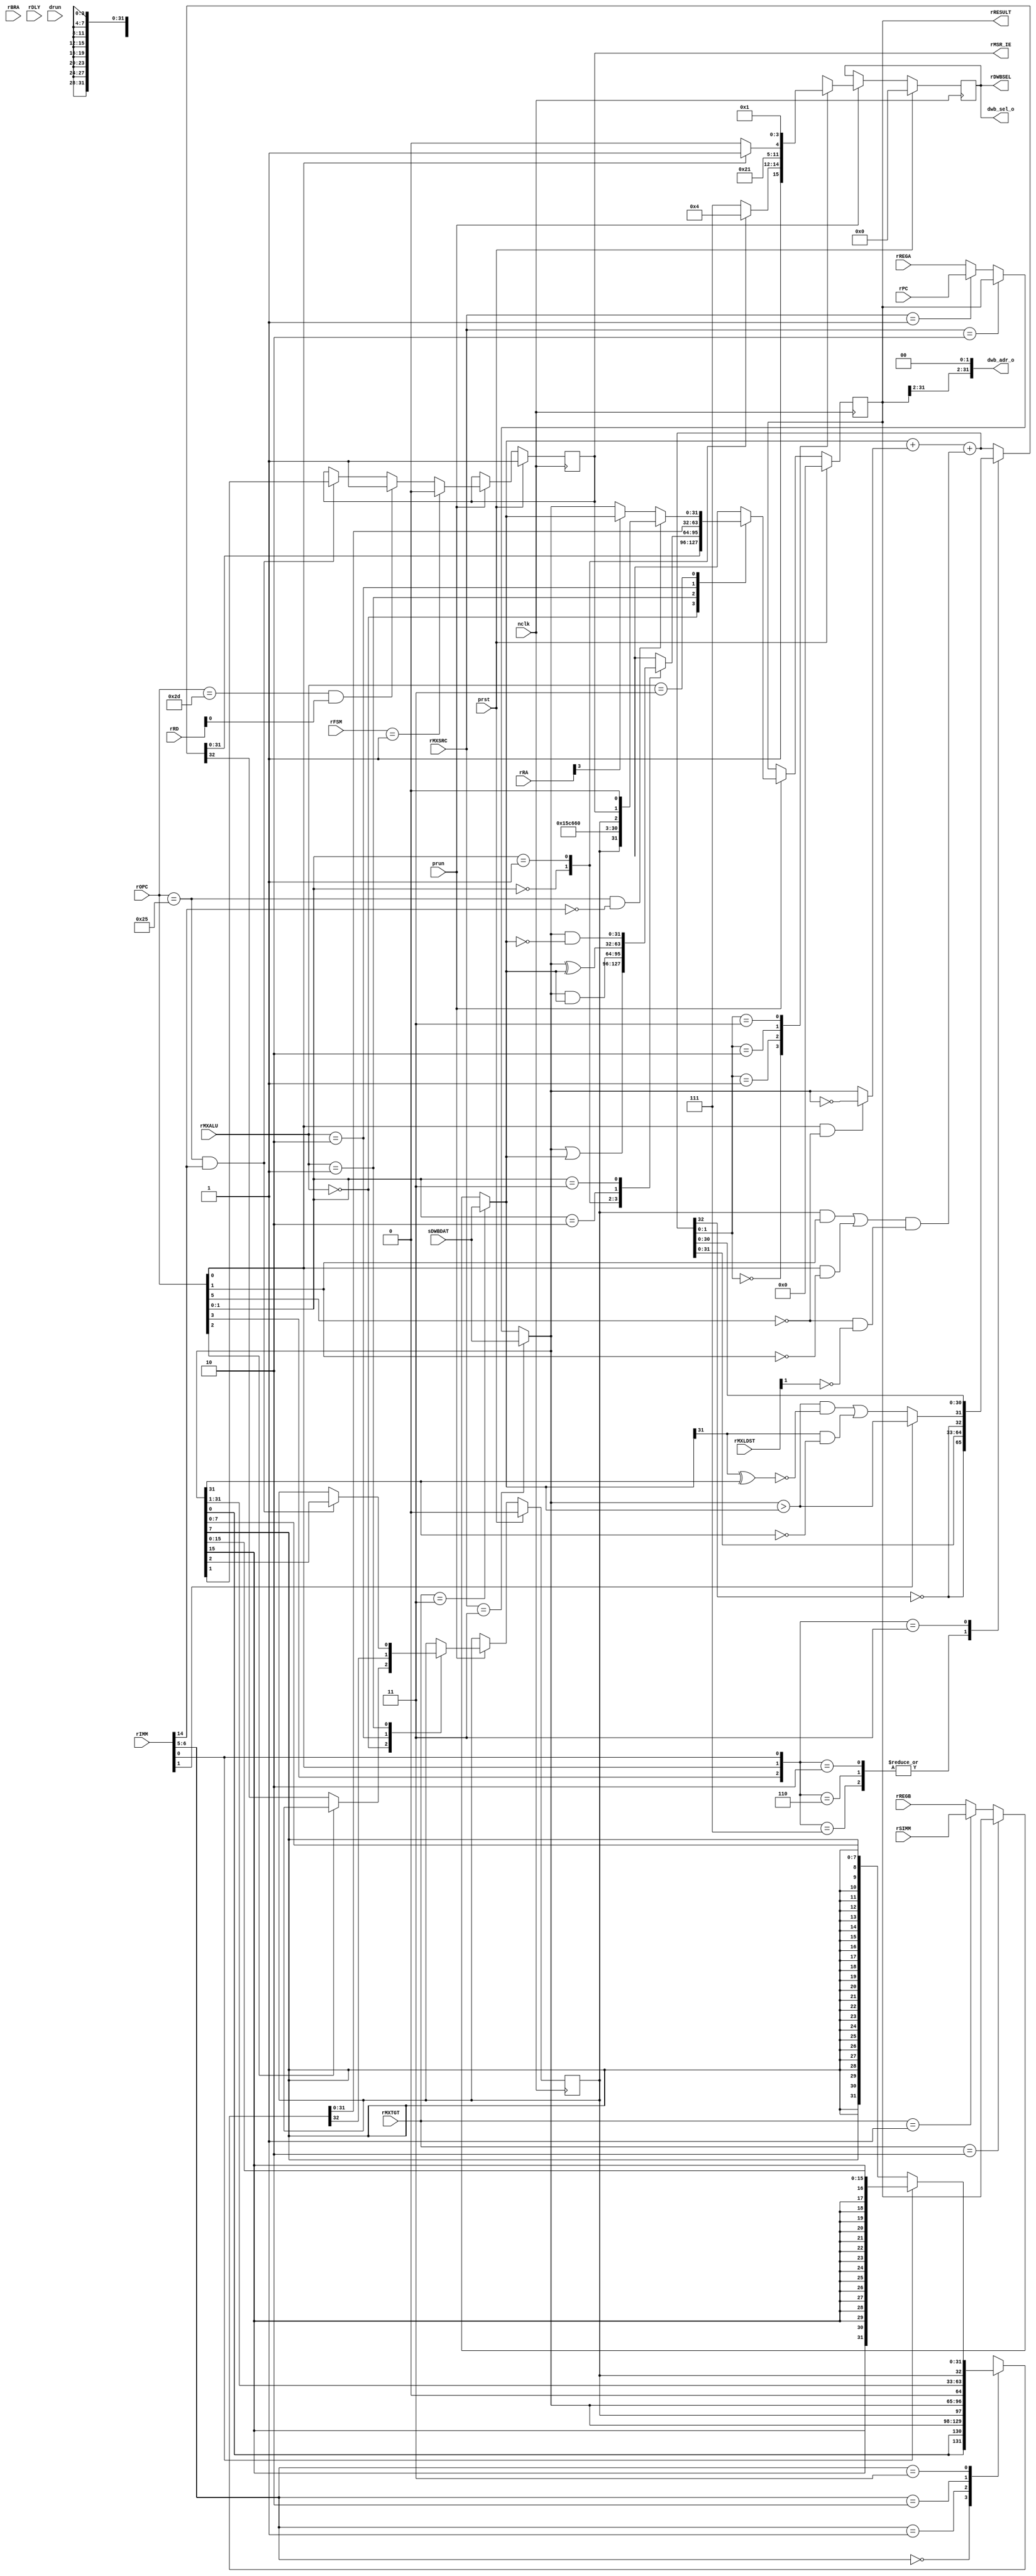
/*
 * $Id: aeMB_aslu.v,v 1.10 2007/05/30 18:44:30 sybreon Exp $
 *
 * AEMB Arithmetic Shift Logic Unit 
 * Copyright (C) 2004-2007 Shawn Tan Ser Ngiap <shawn.tan@aeste.net>
 *  
 * This library is free software; you can redistribute it and/or
 * modify it under the terms of the GNU Lesser General Public License
 * as published by the Free Software Foundation; either version 2.1 of
 * the License, or (at your option) any later version.
 * 
 * This library is distributed in the hope that it will be useful, but
 * WITHOUT ANY WARRANTY; without even the implied warranty of
 * MERCHANTABILITY or FITNESS FOR A PARTICULAR PURPOSE. See the GNU
 * Lesser General Public License for more details.
 * 
 * You should have received a copy of the GNU Lesser General Public
 * License along with this library; if not, write to the Free Software
 * Foundation, Inc., 59 Temple Place, Suite 330, Boston, MA 02111-1307
 * USA
 *
 * DESCRIPTION
 * Arithmetic, shift and logic execution unit. It also performs the
 * necessary calculations for branch and load/store targets.
 * 
 * HISTORY
 * $Log: aeMB_aslu.v,v $
 * Revision 1.10  2007/05/30 18:44:30  sybreon
 * Added interrupt support.
 *
 * Revision 1.9  2007/05/17 09:08:21  sybreon
 * Removed asynchronous reset signal.
 *
 * Revision 1.8  2007/04/30 15:56:50  sybreon
 * Removed byte acrobatics.
 *
 * Revision 1.7  2007/04/27 00:23:55  sybreon
 * Added code documentation.
 * Improved size & speed of rtl/verilog/aeMB_aslu.v
 *
 * Revision 1.6  2007/04/26 14:29:53  sybreon
 * Made minor performance optimisations.
 *
 * Revision 1.5  2007/04/25 22:15:04  sybreon
 * Added support for 8-bit and 16-bit data types.
 *
 * Revision 1.4  2007/04/11 04:30:43  sybreon
 * Added pipeline stalling from incomplete bus cycles.
 * Separated sync and async portions of code.
 *
 * Revision 1.3  2007/04/04 06:11:05  sybreon
 * Added CMP instruction
 *
 * Revision 1.2  2007/04/03 14:46:26  sybreon
 * Fixed endian correction issues on data bus.
 *
 * Revision 1.1  2007/03/09 17:52:17  sybreon
 * initial import
 *
 */

module aeMB_aslu (/*AUTOARG*/
   // Outputs
   dwb_adr_o, dwb_sel_o, rRESULT, rDWBSEL, rMSR_IE,
   // Inputs
   sDWBDAT, rBRA, rDLY, rREGA, rREGB, rSIMM, rMXSRC, rMXTGT, rMXALU,
   rOPC, rPC, rIMM, rRD, rRA, rMXLDST, rFSM, nclk, prst, drun, prun
   );
   parameter DSIZ = 32;

   output [DSIZ-1:0] dwb_adr_o;
   output [3:0]      dwb_sel_o;   
   
   output [31:0]     rRESULT;
   output [3:0]      rDWBSEL;
   output 	     rMSR_IE;
   
   input [31:0]      sDWBDAT;   
   input 	     rBRA, rDLY;      
   input [31:0]      rREGA, rREGB;
   input [31:0]      rSIMM;
   input [1:0] 	     rMXSRC,rMXTGT;
   input [1:0] 	     rMXALU;
   input [5:0] 	     rOPC;
   input [31:0]      rPC;   
   input [15:0]      rIMM;
   input [4:0] 	     rRD, rRA;   
   input [1:0] 	     rMXLDST;   
   input [1:0] 	     rFSM;
   
   input 	     nclk, prst, drun, prun;   

   reg [31:0] 	    rRESULT, xRESULT;
   reg 		    rMSR_C, xMSR_C;

   /**
    Operand Selection
    -----------------
    Selects the A and B operands depending on the source. All
    forwarding information is controlled by the decode unit.
    */

   wire [31:0] 	    wOPA, wOPB;
   
   assign 	    wOPA =
		    (rMXSRC == 2'b11) ? sDWBDAT :
		    (rMXSRC == 2'b10) ? rRESULT :
		    (rMXSRC == 2'b01) ? rPC : 
		    rREGA;
   assign 	    wOPB =
		    (rMXTGT == 2'b11) ? sDWBDAT :
		    (rMXTGT == 2'b10) ? rRESULT :
		    (rMXTGT == 2'b01) ? rSIMM :
		    rREGB;
   
   /**
    Simple Arithmetic
    -----------------
    Performs addition and subtraction using a single 32-bit adder with
    carry in and out. This is done in parallel with other
    operations. The adder is also used to calculate branch target
    addresses as well as load/store memory addresses.
    
    TODO: Verify signed compare
    */
   
   wire 	    wADDC, wSUBC, wRES_AC, wCMPC, wOPC;
   wire [31:0] 	    wADD, wSUB, wRES_A, wCMP, wOPX;
   
   wire 	    wCMP0 = (wOPA[7:0] > wOPB[7:0]);
   wire 	    wCMP1 = (wOPA[15:8] > wOPB[15:8]);
   wire 	    wCMP2 = (wOPA[23:16] > wOPB[23:16]);
   wire 	    wCMP3 = (wOPA[31:24] > wOPB[31:24]);
   wire 	    wCMPU = (wOPA > wOPB);         
   wire 	    wCMPF = (rIMM[1]) ? wCMPU :
			    ((wCMPU & ~(wOPB[31] ^ wOPA[31])) | (wOPB[31] & ~wOPA[31]));
   
   assign 	    {wCMPC,wCMP} = {wSUBC,wCMPF,wSUB[30:0]};  
   assign 	    wOPX = (rOPC[0] & !rOPC[5]) ? ~wOPA : wOPA ;
   assign 	    wOPC = ((rMSR_C & rOPC[1]) | (rOPC[0] & !rOPC[1])) & (!rOPC[5] & !rMXLDST[1]);
   
   assign 	    {wSUBC,wSUB} = {wADDC,wADD}; 
   assign 	    {wADDC,wADD} = (wOPB + wOPX) + wOPC; 
      
   reg 		    rRES_AC;
   reg [31:0] 	    rRES_A;
   always @(/*AUTOSENSE*/rIMM or rOPC or wADD or wADDC or wCMP
	    or wCMPC or wSUB or wSUBC)
     case ({rOPC[3],rOPC[0],rIMM[0]})
       4'h2, 4'h6, 4'h7: {rRES_AC,rRES_A} <= #1 {~wSUBC,wSUB}; // SUB
       4'h3: {rRES_AC,rRES_A} <= #1 {~wCMPC,wCMP}; // CMP
       default: {rRES_AC,rRES_A} <= #1 {wADDC,wADD};       
     endcase // case ({rOPC[3],rOPC[0],rIMM[0]})
   
   /**
    Logic
    -----
    Performs all the simple logic functions in parallel with other
    operations.
    */
   
   wire [31:0] 	    wOR = wOPA | wOPB;
   wire [31:0] 	    wAND = wOPA & wOPB;
   wire [31:0] 	    wXOR = wOPA ^ wOPB;
   wire [31:0] 	    wANDN = wOPA & ~wOPB;
   
   reg [31:0] 	    rRES_L;
   always @(/*AUTOSENSE*/rOPC or wAND or wANDN or wOR or wXOR)
     case (rOPC[1:0])
       2'o0: rRES_L <= #1 wOR;
       2'o1: rRES_L <= #1 wAND;
       2'o2: rRES_L <= #1 wXOR;
       2'o3: rRES_L <= #1 wANDN;       
     endcase // case (rOPC[1:0])
   
   /**
    Shifter
    -------
    Performs shift instructions as well as sign extension. This is
    done in parallel with the other operations.
    */
   wire 	    wSRAC, wSRCC, wSRLC, wRES_SC;
   wire [31:0] 	    wSRA,wSRC, wSRL, wSEXT8, wSEXT16, wRES_S;
   assign 	    {wSRAC,wSRA} = {wOPA[0],wOPA[0],wOPA[31:1]};
   assign 	    {wSRCC,wSRC} = {wOPA[0],rMSR_C,wOPA[31:1]};
   assign 	    {wSRLC,wSRL} = {wOPA[0],1'b0,wOPA[31:1]};
   assign 	    wSEXT8 = {{(24){wOPA[7]}},wOPA[7:0]};
   assign 	    wSEXT16 = {{(16){wOPA[15]}},wOPA[15:0]};
   
   reg 		    rRES_SC;
   reg [31:0] 	    rRES_S;
   
   always @(/*AUTOSENSE*/rIMM or rMSR_C or wSEXT16 or wSEXT8 or wSRA
	    or wSRAC or wSRC or wSRCC or wSRL or wSRLC)
     case (rIMM[6:5])
       2'o0: {rRES_SC,rRES_S} <= #1 {wSRAC,wSRA};
       2'o1: {rRES_SC,rRES_S} <= #1 {wSRCC,wSRC};
       2'o2: {rRES_SC,rRES_S} <= #1 {wSRLC,wSRL};
       2'o3: {rRES_SC,rRES_S} <= #1 (rIMM[0]) ? {rMSR_C,wSEXT16} : {rMSR_C,wSEXT8};       
     endcase // case (rIMM[6:5])

   /**
    Mover
    -----
    Moves an operand from source to destination for move instructions
    done in parallel with other operations.
    */
   
   wire [31:0] 	    wMSR = {rMSR_C, 23'hae33, 5'b0, rMSR_C, rMSR_IE, 1'b0};      
   wire 	    fMFS = (rOPC == 6'o45) & !rIMM[14];
   reg [31:0] 	    rRES_M;
   always @(/*AUTOSENSE*/fMFS or rRA or wMSR or wOPA or wOPB)
     rRES_M <= (fMFS) ? wMSR : 
	       (rRA[3]) ? wOPB : 
	       wOPA;   

   /**
    Data WISHBONE Bus
    -----------------
    Asserts the appropriate byte select signals depending on the size
    of the operation and the address location. For faster operation,
    the result of the adder is used as the end selector.
    
    FIXME: It does not check for invalid memory locations.
    FIXME: Endian correction!
    */

   reg [3:0] 	    rDWBSEL, xDWBSEL;
   assign 	    dwb_adr_o = {rRESULT[DSIZ-1:2],2'b00};
   assign 	    dwb_sel_o = rDWBSEL;

   always @(/*AUTOSENSE*/rOPC or wADD)
     case (wADD[1:0])
       2'o0: case (rOPC[1:0])
	       2'o0: xDWBSEL <= 4'h8;
	       2'o1: xDWBSEL <= 4'hC;
	       default: xDWBSEL <= 4'hF;
	     endcase // case (rOPC[1:0])
       2'o1: xDWBSEL <= 4'h4;
       2'o2: xDWBSEL <= (rOPC[0]) ? 4'h3 : 4'h2;       
       2'o3: xDWBSEL <= 4'h1;
     endcase // case (wADD[1:0])
   
   /**
    STATUS REGISTER
    ---------------

    FIXME: rMSR[C] might need to be blocked (drun) during a branch.
    TODO: MTS/MFS instruction    
    */
  
   reg 		    rMSR_IE, xMSR_IE;   
   wire 	    fMTS = (rOPC == 6'o45) & rIMM[14];      
   always @(/*AUTOSENSE*/fMTS or rMSR_C or rMXALU or rOPC or rRES_AC
	    or rRES_SC or wOPA)
	case (rMXALU)
	  2'o0: xMSR_C <= #1 (rOPC[2]) ? rMSR_C : rRES_AC;
	  2'o2: xMSR_C <= #1 rRES_SC;
	  2'o1: xMSR_C <= #1 (fMTS) ? wOPA[2] : rMSR_C;
	  default: xMSR_C <= #1 rMSR_C;
	endcase // case (rMXALU)

   wire 	    fRTID = (rOPC == 6'o55) & rRD[0];   
   always @(/*AUTOSENSE*/fMTS or fRTID or rFSM or rMSR_IE or wOPA) begin
      xMSR_IE <= (rFSM == 2'o1) ? 1'b0 :
		 (fRTID) ? 1'b1 : 
		 (fMTS) ? wOPA[1] :
		 rMSR_IE;      
   end
   
   /**
    RESULT
    ------
    The RESULT and MSR[C] are collected at the end of the pipeline,
    depending on the operation selected. This was done in order to
    allow the operations to proceed in parallel for faster speed.    
    */

   always @(/*AUTOSENSE*/rMXALU or rRES_A or rRES_L or rRES_M
	    or rRES_S) begin
      case (rMXALU)
	2'o0: xRESULT <= #1 rRES_A;
	2'o1: xRESULT <= #1 rRES_L;
	2'o2: xRESULT <= #1 rRES_S;
	2'o3: xRESULT <= #1 rRES_M;	  
      endcase // case (rMXALU)
   end
      
   // PIPELINE REGISTER //////////////////////////////////////////////////
   
   always @(negedge nclk)
     if (prst) begin
	rMSR_IE <= 1'b1;	
	/*AUTORESET*/
	// Beginning of autoreset for uninitialized flops
	rDWBSEL <= 4'h0;
	rMSR_C <= 1'h0;
	rRESULT <= 32'h0;
	// End of automatics
     end else if (prun) begin
	rRESULT <= #1 xRESULT;
	rMSR_C <= #1 xMSR_C;
	rMSR_IE <= #1 xMSR_IE;	
	rDWBSEL <= #1 xDWBSEL;	
     end
   
endmodule // aeMB_aslu